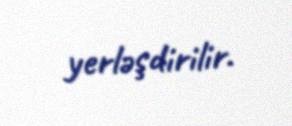
yerləşdirilir.